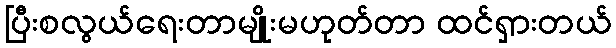
ပြီးစလွယ်ရေးတာမျိုးမဟုတ်တာ ထင်ရှားတယ်